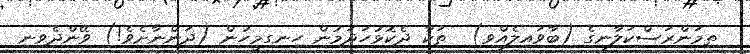
ތިމަންރަސްކަލާނގެ (ބާވައިލެއްވި)  ތަކާ ދެކޮޅުހަދަމުން ހިނގިމީހުން (ދަންނާށެވެ!) ވޭންދެވިނި